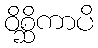
ဝိစ္ဆိကာပိ